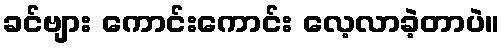
ခင်ဗျား ကောင်းကောင်း လေ့လာခဲ့တာပဲ။